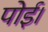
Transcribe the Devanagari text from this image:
पोई।